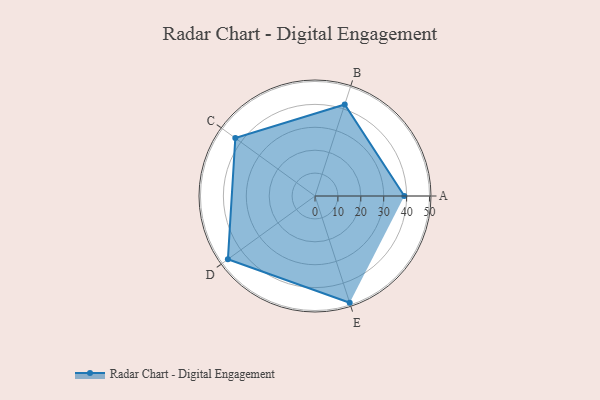
{"axis": {"x": "Skill", "y": "Score"}, "legend": ["Profile"], "data": [{"x": "A", "y": 39.0, "type": "Profile"}, {"x": "B", "y": 42.0, "type": "Profile"}, {"x": "C", "y": 43.0, "type": "Profile"}, {"x": "D", "y": 47.0, "type": "Profile"}, {"x": "E", "y": 49.0, "type": "Profile"}]}